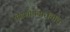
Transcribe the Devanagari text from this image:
षोडशोपचारविधि